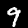
Label: 9